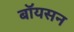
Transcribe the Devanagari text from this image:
बॉयसन